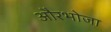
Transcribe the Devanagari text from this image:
औरभोजा